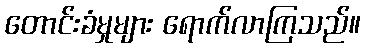
တောင်းခံမှုများ ရောက်လာကြသည်။